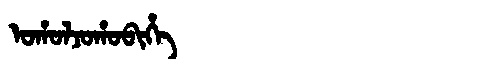
Manchu: ᠣᡥᠣᠯᠵᠣᡥᠣᠪᡳᡥᡝ
Romanization: OHOLJOHOBIHE